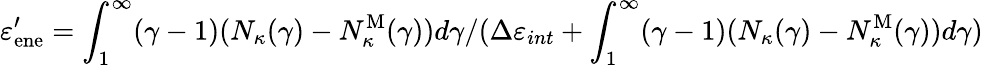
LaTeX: \varepsilon_{\mathrm{ene}}^{\prime}=\int_{1}^{\infty}(\gamma-1)(N_{\kappa}(\gamma)-N_{\kappa}^{\mathrm{M}}(\gamma))d\gamma/(\Delta\varepsilon_{int}+\int_{1}^{\infty}(\gamma-1)(N_{\kappa}(\gamma)-N_{\kappa}^{\mathrm{M}}(\gamma))d\gamma)